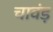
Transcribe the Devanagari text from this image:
चावंड़